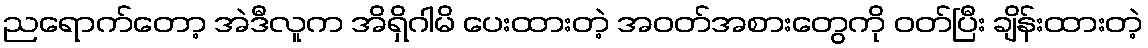
ညရောက်တော့ အဲဒီလူက အိရှိဂါမိ ပေးထားတဲ့ အဝတ်အစားတွေကို ဝတ်ပြီး ချိန်းထားတဲ့